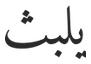
يلبث